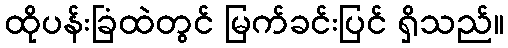
ထိုပန်းခြံထဲတွင် မြက်ခင်းပြင် ရှိသည်။